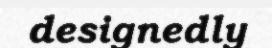
designedly